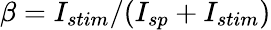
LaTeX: \beta=I_{stim}/(I_{sp}+I_{stim})